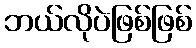
ဘယ်လိုပဲဖြစ်ဖြစ်